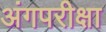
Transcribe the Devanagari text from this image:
अंगपरीक्षा